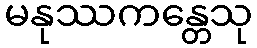
မနုဿကန္တေသု